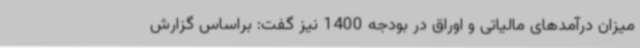
میزان درآمدهای مالیاتی و اوراق در بودجه 1400 نیز گفت: براساس گزارش